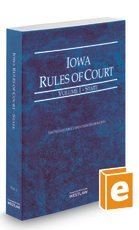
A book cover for Iowa Rules of Court State 2014 (Iowa Rules of Court. State and Federal); Westlaw; Law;